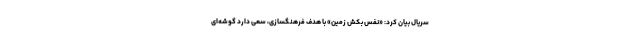
سریال بیان کرد: «نفس بکش زمین» با هدف فرهنگسازی، سعی دارد گوشه‌ای